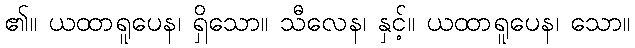
၏။ ယထာရူပေန၊ ရှိသော။ သီလေန၊ နှင့်။ ယထာရူပေန၊ သော။